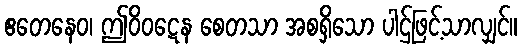
ဧတေနေဝ၊ ဤဝိဝဋေန စေတသာ အစရှိသော ပါဌ်ဖြင့်သာလျှင်။